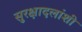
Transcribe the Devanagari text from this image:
सुरक्षादलांशी